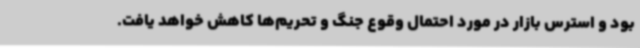
بود و استرس بازار در مورد احتمال وقوع جنگ و تحریم‌ها کاهش خواهد یافت.